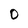
Character: O